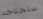
ستحتاجه